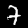
Digit: 7